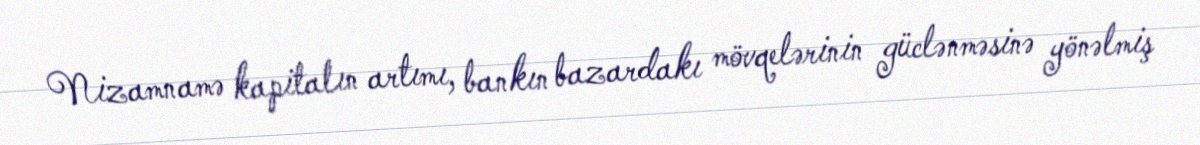
Nizamnamə kapitalın artımı, bankın bazardakı mövqelərinin güclənməsinə yönəlmiş